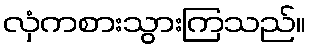
လှံကစားသွားကြသည်။